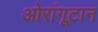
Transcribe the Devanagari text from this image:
ओरांगूटान